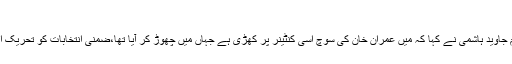
واٹس ایپ پر پولیس کے خلاف ...
ملتان (صفدرعلی بخاری ) سینئر سیاستدان اور مسلم لیگ(ن) کے رہنما مخدوم جاوید ہاشمی نے کہا کہ میں عمران خان کی سوچ اسی کنٹینر پر کھڑی ہے جہاں میں چھوڑ کر آیا تھا،ضمنی انتخابات کو تحریک انصاف نے زندگی موت کا مسئلہ بنا لیا ہے، یہ یک طرفہ ضمنی الیکشن ہے۔